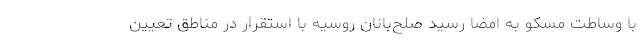
با وساطت مسکو به امضا رسید صلح‌بانان روسیه با استقرار در مناطق تعیین